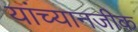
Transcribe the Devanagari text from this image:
यांच्यानजीक